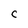
Character: C